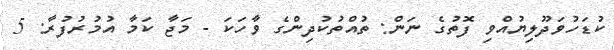
ކުޑަހުވަދޫލިޔުއްވި ފޮތުގެ ނަން: ތުއްތުކުދިންގެ ވާހަކަ - މަޖާ ކަމާ އުމުރުފުރާ: 5